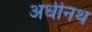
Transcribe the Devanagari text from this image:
अधीनथ